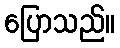
ပြောသည်။